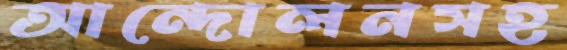
আন্দোলনসহ